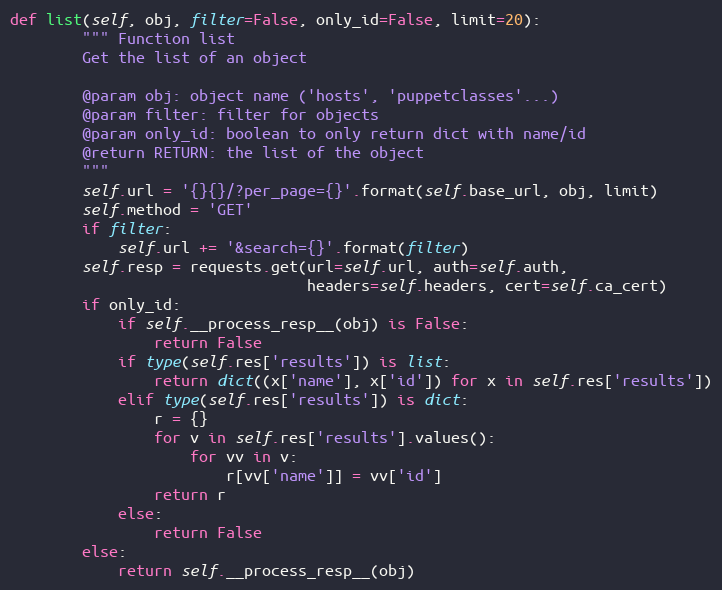
Language: Python
def list(self, obj, filter=False, only_id=False, limit=20):
        """ Function list
        Get the list of an object

        @param obj: object name ('hosts', 'puppetclasses'...)
        @param filter: filter for objects
        @param only_id: boolean to only return dict with name/id
        @return RETURN: the list of the object
        """
        self.url = '{}{}/?per_page={}'.format(self.base_url, obj, limit)
        self.method = 'GET'
        if filter:
            self.url += '&search={}'.format(filter)
        self.resp = requests.get(url=self.url, auth=self.auth,
                                 headers=self.headers, cert=self.ca_cert)
        if only_id:
            if self.__process_resp__(obj) is False:
                return False
            if type(self.res['results']) is list:
                return dict((x['name'], x['id']) for x in self.res['results'])
            elif type(self.res['results']) is dict:
                r = {}
                for v in self.res['results'].values():
                    for vv in v:
                        r[vv['name']] = vv['id']
                return r
            else:
                return False
        else:
            return self.__process_resp__(obj)